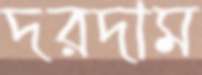
দরদাম